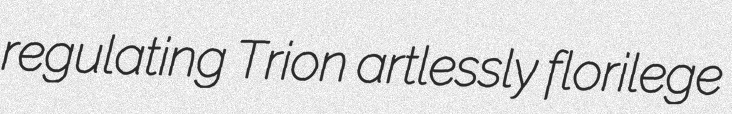
regulating Trion artlessly florilege